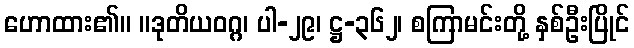
ဟောထား၏။ ။ဒုတိယဝဂ္ဂ၊ ပါ-၂၉၊ ဋ္ဌ-၃၆၂၊ စကြာမင်းတို့ နှစ်ဦးပြိုင်